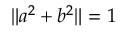
\| a ^ { 2 } + b ^ { 2 } \| = 1